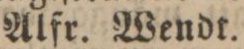
Alfr. Wendt.